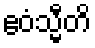
ဧဝံသ္မီတိ